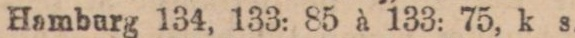
Hamburg 134, 133: 85 à 133: 75, k s.